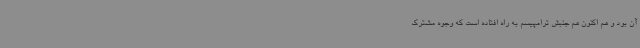
آن بود و هم اکنون هم جنبش ترامپیسم به راه افتاده است که وجوه مشترک